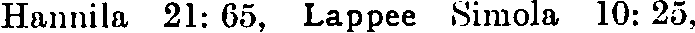
Hannila 21: 65, Lappee Simola 10: 25,